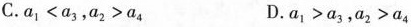
C.$$a _ { 1 } < a _ { 3 }$$,$$a _ { 2 } > a _ { 4 }$$ D.$$a _ { 1 } > a _ { 3 }$$,$$a _ { 2 } > a _ { 4 }$$